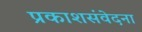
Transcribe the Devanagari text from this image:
प्रकाशसंवेदना